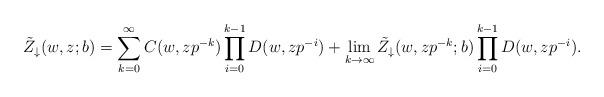
LaTeX: \begin{align*}\tilde{Z}_\downarrow (w, z; b) &=\sum_{k=0}^\infty C(w, z p^{-k})\prod_{i=0}^{k-1}D(w, z p^{-i})+\lim_{k\to\infty}\tilde{Z}_\downarrow (w, z p^{-k};b)\prod_{i=0}^{k-1}D(w, z p^{-i}).\end{align*}